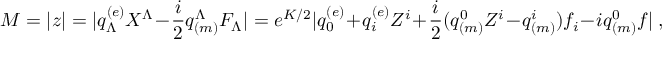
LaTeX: M = | z | = | q _ { \Lambda } ^ { ( e ) } X ^ { \Lambda } - { \frac { i } { 2 } } q _ { ( m ) } ^ { \Lambda } F _ { \Lambda } | = e ^ { K / 2 } | q _ { 0 } ^ { ( e ) } + q _ { i } ^ { ( e ) } Z ^ { i } + { \frac { i } { 2 } } ( q _ { ( m ) } ^ { 0 } Z ^ { i } - q _ { ( m ) } ^ { i } ) f _ { i } - i q _ { ( m ) } ^ { 0 } f | \ ,